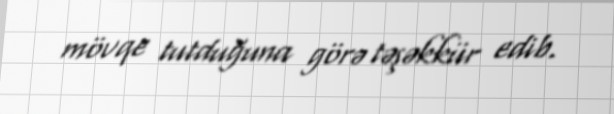
mövqe tutduğuna görə təşəkkür edib.